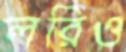
লরিও